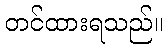
တင်ထားရသည်။